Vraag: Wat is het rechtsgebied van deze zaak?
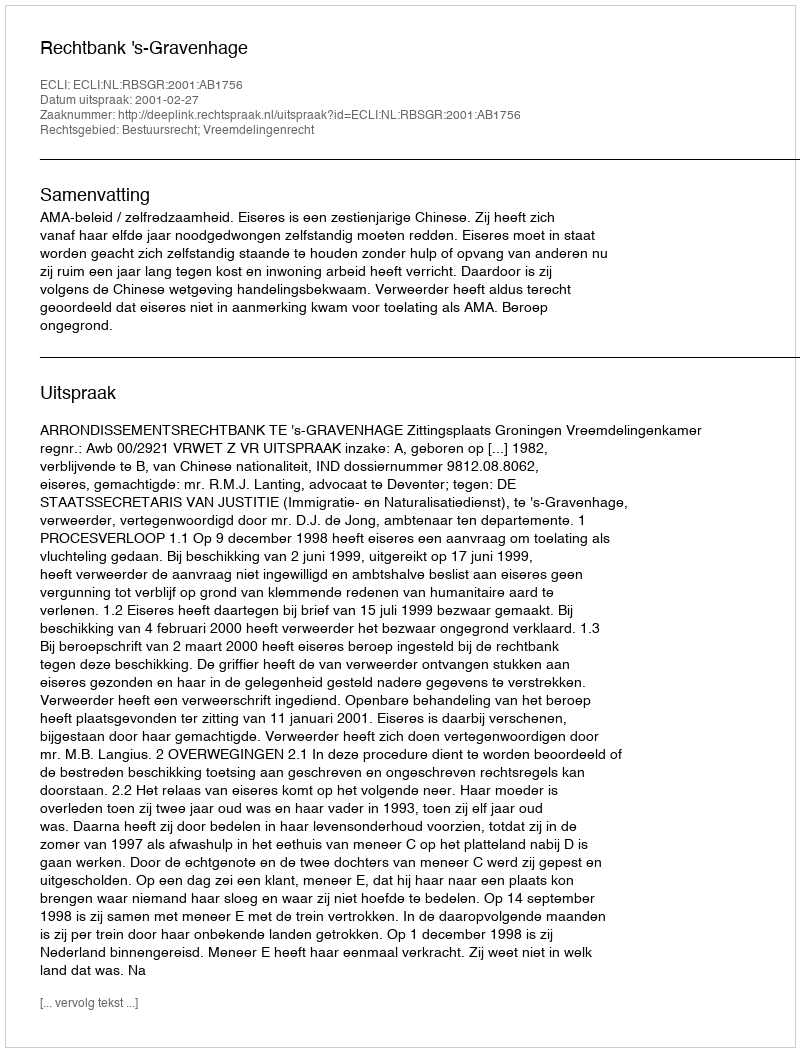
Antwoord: Bestuursrecht; Vreemdelingenrecht